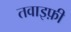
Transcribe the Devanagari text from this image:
तवाइफ़ी